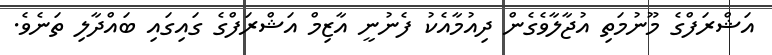
އަޝްރަފްގެ މޫނުމަތި އުޖާލާވެގެން ދިއުމާއެކު ފެނުނީ އާޒިމް އަޝްރަފްގެ ގައިގައި ބައްދާލި ތަނެވެ.